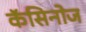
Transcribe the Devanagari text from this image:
कॅसिनोज